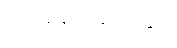
အရေးအခင်းတွင်